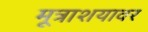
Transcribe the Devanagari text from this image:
मूत्राशयावर